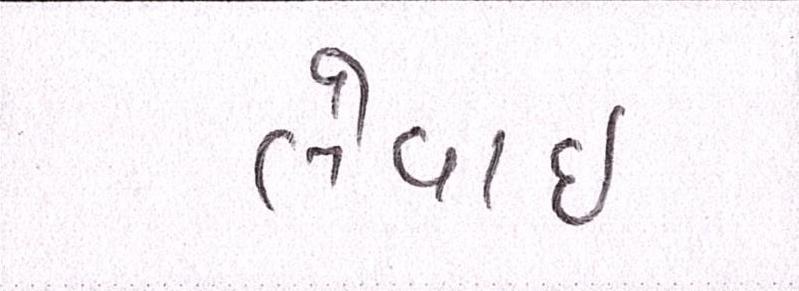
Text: લેવાઇ